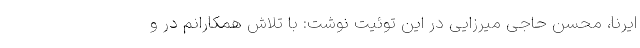
ایرنا، محسن حاجی میرزایی در این توئیت نوشت: با تلاش همکارانم در و